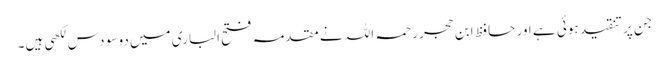
جن پر تنقید ہوئی ہے اور حافظ ابن حجر رحمہ اللہ نے مقدمہ فتح الباری میں دو سو دس لکھی ہیں۔